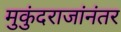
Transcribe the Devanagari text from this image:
मुकुंदराजांनंतर